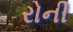
રોની